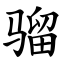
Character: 骝